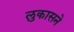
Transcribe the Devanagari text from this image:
लुकासने